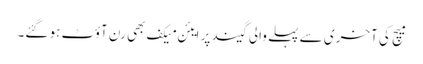
میچ کی آخری سے پہلے والی گیند پر ایئن میکف بھی رن آؤٹ ہو گئے۔